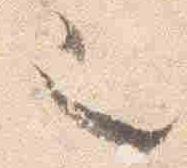
也